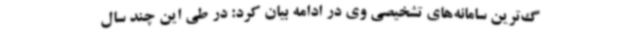
گ‌ترین سامانه‌های تشخیصی وی در ادامه بیان کرد: در طی این چند سال